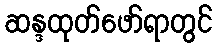
ဆန္ဒထုတ်ဖော်ရာတွင်